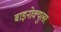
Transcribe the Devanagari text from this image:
बाइनोक्युलर